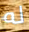
له